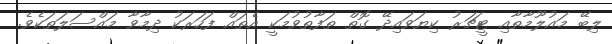
ލިބޭ މައުލޫމާތާއި ޓީޗަރު ކިޔަވައިދޭ ގޮތް ތަފާތުވުމަކީ އެތައް ފަހަރަކު ދިމާވާ މައްސަލަތަކެވެ.